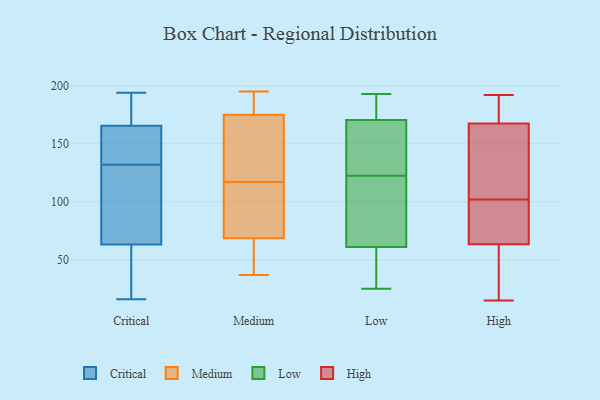
{"axis": {"x": "Waste Production (Tons)", "y": "Value"}, "legend": ["Critical", "High", "Low", "Medium"], "data": [{"x": "", "y": 164, "type": "Critical"}, {"x": "", "y": 52, "type": "Critical"}, {"x": "", "y": 139, "type": "Critical"}, {"x": "", "y": 58, "type": "Critical"}, {"x": "", "y": 132, "type": "Critical"}, {"x": "", "y": 182, "type": "Critical"}, {"x": "", "y": 166, "type": "Critical"}, {"x": "", "y": 130, "type": "Critical"}, {"x": "", "y": 16, "type": "Critical"}, {"x": "", "y": 194, "type": "Critical"}, {"x": "", "y": 79, "type": "Critical"}, {"x": "", "y": 96, "type": "Medium"}, {"x": "", "y": 120, "type": "Medium"}, {"x": "", "y": 59, "type": "Medium"}, {"x": "", "y": 114, "type": "Medium"}, {"x": "", "y": 171, "type": "Medium"}, {"x": "", "y": 182, "type": "Medium"}, {"x": "", "y": 151, "type": "Medium"}, {"x": "", "y": 179, "type": "Medium"}, {"x": "", "y": 78, "type": "Medium"}, {"x": "", "y": 37, "type": "Medium"}, {"x": "", "y": 57, "type": "Medium"}, {"x": "", "y": 195, "type": "Medium"}, {"x": "", "y": 161, "type": "Low"}, {"x": "", "y": 107, "type": "Low"}, {"x": "", "y": 123, "type": "Low"}, {"x": "", "y": 161, "type": "Low"}, {"x": "", "y": 186, "type": "Low"}, {"x": "", "y": 131, "type": "Low"}, {"x": "", "y": 161, "type": "Low"}, {"x": "", "y": 180, "type": "Low"}, {"x": "", "y": 25, "type": "Low"}, {"x": "", "y": 35, "type": "Low"}, {"x": "", "y": 33, "type": "Low"}, {"x": "", "y": 66, "type": "Low"}, {"x": "", "y": 193, "type": "Low"}, {"x": "", "y": 185, "type": "Low"}, {"x": "", "y": 192, "type": "Low"}, {"x": "", "y": 72, "type": "Low"}, {"x": "", "y": 122, "type": "Low"}, {"x": "", "y": 56, "type": "Low"}, {"x": "", "y": 53, "type": "Low"}, {"x": "", "y": 82, "type": "Low"}, {"x": "", "y": 169, "type": "High"}, {"x": "", "y": 95, "type": "High"}, {"x": "", "y": 123, "type": "High"}, {"x": "", "y": 63, "type": "High"}, {"x": "", "y": 57, "type": "High"}, {"x": "", "y": 102, "type": "High"}, {"x": "", "y": 159, "type": "High"}, {"x": "", "y": 92, "type": "High"}, {"x": "", "y": 192, "type": "High"}, {"x": "", "y": 68, "type": "High"}, {"x": "", "y": 177, "type": "High"}, {"x": "", "y": 186, "type": "High"}, {"x": "", "y": 119, "type": "High"}, {"x": "", "y": 15, "type": "High"}, {"x": "", "y": 38, "type": "High"}, {"x": "", "y": 43, "type": "High"}, {"x": "", "y": 163, "type": "High"}, {"x": "", "y": 65, "type": "High"}, {"x": "", "y": 177, "type": "High"}]}